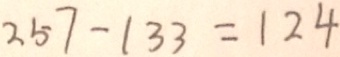
2 5 7 - 1 3 3 = 1 2 4